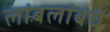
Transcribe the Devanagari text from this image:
लांबलांबचे